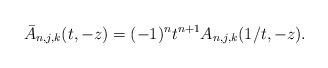
LaTeX: \begin{align*}\bar{A}_{n,j,k}(t,-z)=(-1)^{n}t^{n+1}A_{n,j,k}(1/t,-z).\end{align*}